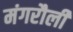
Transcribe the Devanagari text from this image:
मंगरौली